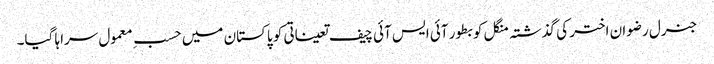
جنرل رضوان اختر کی گذشتہ منگل کو بطور آئی ایس آئی چیف تعیناتی کو پاکستان میں حسبِ معمول سراہا گیا۔